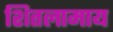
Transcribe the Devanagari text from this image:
शितलामाय